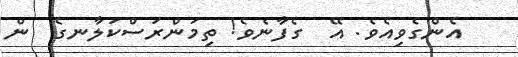
އެންގެވިއެވެ. އޭ  ގެފާނެވެ! ތިމަންރަސްކަލާނގެ  ން